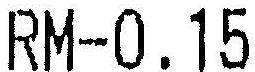
RM-0.15